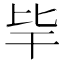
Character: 𣬂